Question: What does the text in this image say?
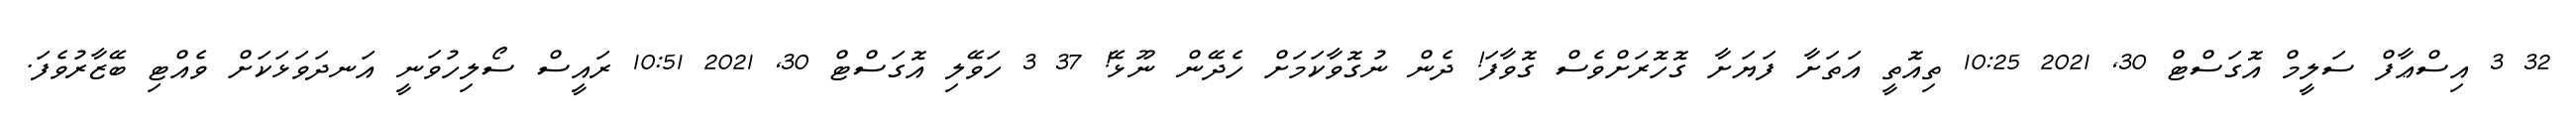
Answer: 32 3 އިސްޢާފް ސަލީމް އޮގަސްޓް 30, 2021 10:25 ތިއޮތީ އަތަށާ ފަޔަށާ ގޮހޮރަށްވެސް ގޮވާފަ! ދެން ނުގޮވާކަމަށް ހެދޭން ނޫޅޭ! 37 3 ހަވޭލި އޮގަސްޓް 30, 2021 10:51 ރައީސް ސޯލިހުވަނީ އަނދަވަޅަކަށް ވެއްޓި ބޭޒާރުވެފަ.